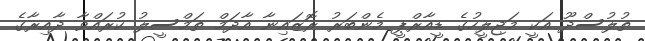
ތުލުސްދޫ އަކީ މަޖިލީހުގެ ޑީއާރްޕީ މެންބަރު ރޮޒައިނާ އާދަމް ތަމްސީލު ކުރައްވާ ދާއިރާގެ